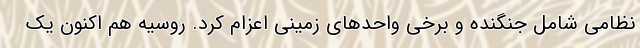
نظامی شامل جنگنده و برخی واحدهای زمینی اعزام کرد. روسیه هم اکنون یک